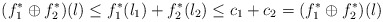
\begin{align*} (f_1^*\oplus f_2^*)(l) \leq f_1^*(l_1)+f_2^*(l_2)\leq c_1+ c_2 =(f_1^*\oplus f_2^*)(l) \end{align*}